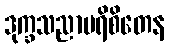
ဒုက္ခသညာပရိစိတေန